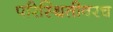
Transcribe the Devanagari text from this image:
परिस्थितीवरच